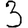
Digit: 3